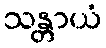
သန္တာယံ